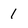
Character: 1